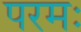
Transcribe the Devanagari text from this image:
परमः